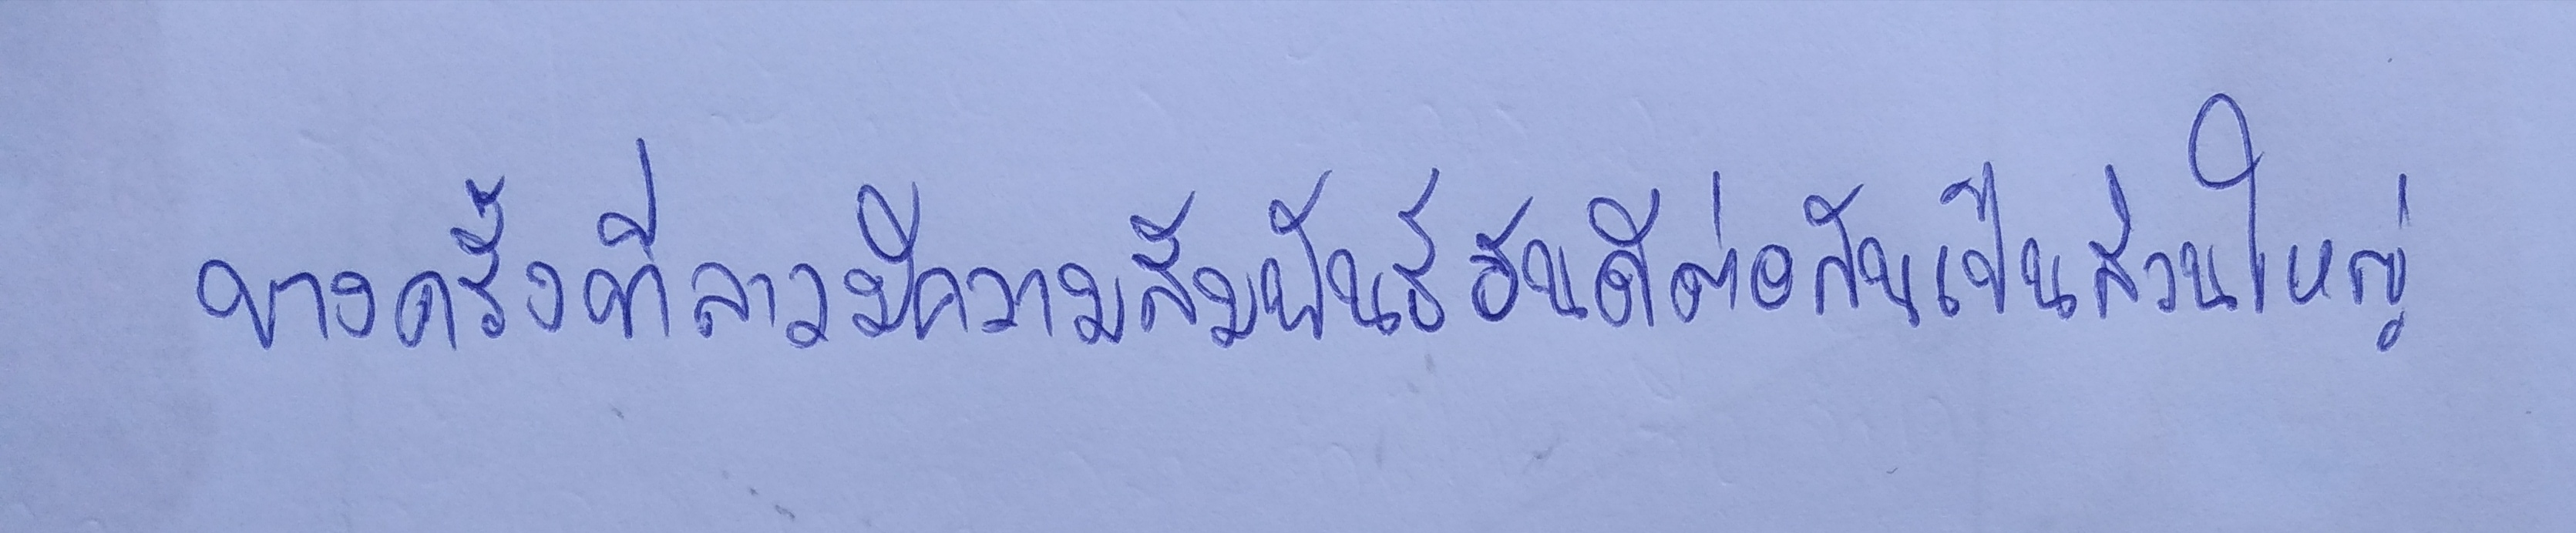
บางครั้งที่ลาวมีความสัมพันธ์อันดีต่อกันเป็นส่วนใหญ่